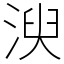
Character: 㳛